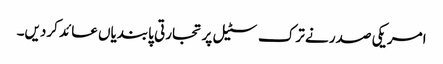
امریکی صدر نے ترک سٹیل پر تجارتی پابندیاں عائد کردیں۔